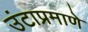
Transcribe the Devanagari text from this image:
उंटाप्रमाणे